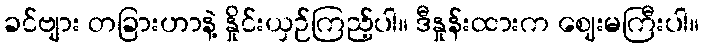
ခင်ဗျား တခြားဟာနဲ့ နှိုင်းယှဉ်ကြည့်ပါ။ ဒီနှုန်းထားက ဈေးမကြီးပါ။